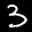
Label: 3